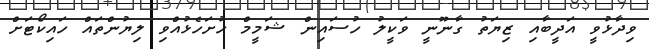
ވިދާޅުވީ އަދީބާއި ޒިޔަތު ގާނޫނީ ވަކީލު ހުސައިން ޝަމީމް ހުށަހެޅުއްވި ލިޔުންތައް ހައިކޯޓަށް